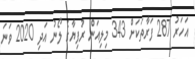
އަހަރު 287 ފަރާތަކަށް 343 މިލިއަން ރުފިޔާގެ ލޯނު އަދި 2020 ވަނަ